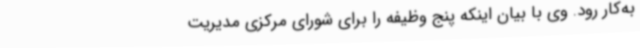
به‌کار رود. وی با بیان اینکه پنج وظیفه را برای شورای مرکزی مدیریت